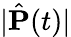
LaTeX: |\hat{\mathbf{P}}(t)|